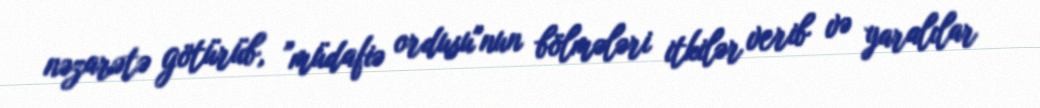
nəzarətə götürüb, ”müdafiə ordusu"nun bölmələri itkilər verib və yaralılar